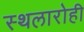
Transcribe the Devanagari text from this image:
स्थलारोही